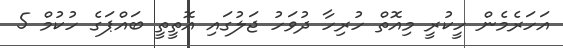
އަހަރެމެން ހީކުރީ މިއޮތް ހުރިހާ ދުވަހު ޖަލުގައި އޮތީތީ ބައްޕަގެ ހުކުމް 5